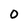
Character: O